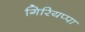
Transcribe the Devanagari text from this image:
गिरियप्पा